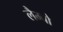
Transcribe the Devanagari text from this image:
लैम्बो